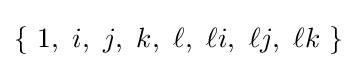
\{\ 1,\ i,\ j,\ k,\ \ell ,\ \ell i,\ \ell j,\ \ell k\ \}